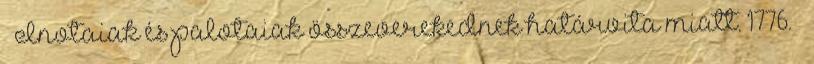
– Inotaiak és palotaiak összeverekednek határvita miatt. 1776. –